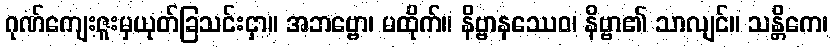
ဂုဏ်ကျေးဇူးမှယုတ်ခြသင်းငှာ။ အဘဗ္ဗော၊ မထိုက်။ နိဗ္ဗာနဿေဝ၊ နိဗ္ဗာ၏ သာလျင်။ သန္တိကေ၊